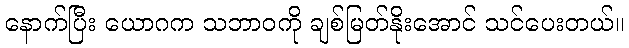
နောက်ပြီး ယောဂက သဘာဝကို ချစ်မြတ်နိုးအောင် သင်ပေးတယ်။